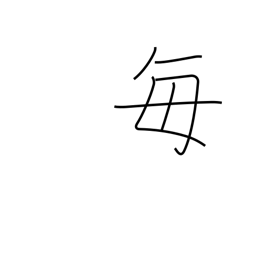
Meaning: every